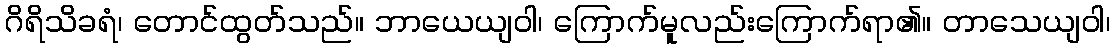
ဂိရိသိခရံ၊ တောင်ထွတ်သည်။ ဘာယေယျဝါ၊ ကြောက်မူလည်းကြောက်ရာ၏။ တာသေယျဝါ၊